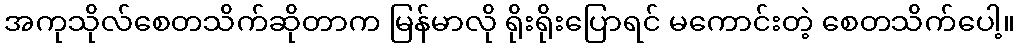
အကုသိုလ်စေတသိက်ဆိုတာက မြန်မာလို ရိုးရိုးပြောရင် မကောင်းတဲ့ စေတသိက်ပေါ့။